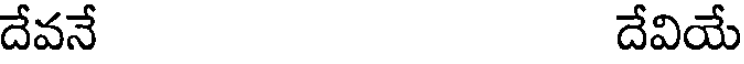
దేవనే దేవియే